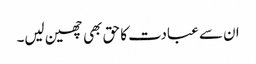
ان سے عبادت کا حق بھی چھین لیں۔